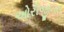
ઓરીજીનલ